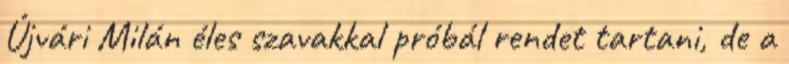
Újvári Milán éles szavakkal próbál rendet tartani, de a